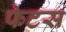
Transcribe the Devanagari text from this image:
फेटस